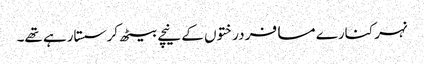
نہر کنارے مسافر درختوں کے نیچے بیٹھ کر سستارہے تھے۔